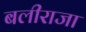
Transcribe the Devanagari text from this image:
बलीराजा